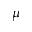
\mu